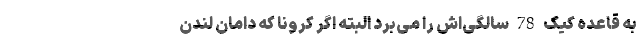
به قاعده کیک 78 سالگی‌اش را می‌بُرد البته اگر کرونا که دامان لندن